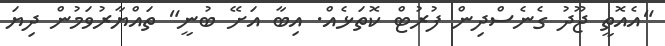
"އެއޮތީ ޖޫދު ގެނެސްދިން ފުރުޓް ކޮތަޅެއް. އިބާ އަށޭ ބުނީ" ތައްޔާރުވަމުން ދިޔަ